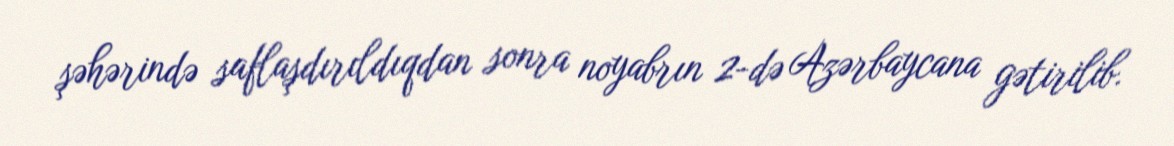
şəhərində saflaşdırıldıqdan sonra noyabrın 2-də Azərbaycana gətirilib.